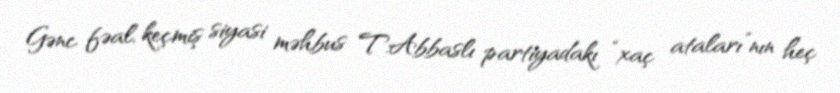
Gənc fəal, keçmiş siyasi məhbus T.Abbaslı partiyadakı “xaç ataları”nın heç